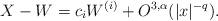
LaTeX: \begin{align*}X - W = c_i W^{(i)} + O^{3,\alpha}(|x|^{-q}). \end{align*}